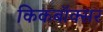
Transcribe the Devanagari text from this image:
किकबॉक्सर